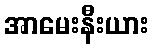
အာမေးနီးယား